system: You are a helpful assistant.
user:
Analyze the provided spectrum to determine if it is a **M-type Giant (gM)**.

A M-type Giant spectrum is defined by its **strong molecular absorption** features, particularly from **Titanium Oxide (TiO)**. You must check for one of the following mutually exclusive signatures:

- **Key Visual Indicators (Absorption-Dominated Spectrum):**

    - **(Primary):** The spectrum is dominated by strong molecular absorption from **Titanium Oxide (TiO)**. This is the **defining feature** of its M-type temperature class.
        - **(Key Bandheads):** Look for sharp, "saw-tooth" absorption valleys. The strongest are located near **~7050 Å**, **~6160 Å**, and **~5170 Å**.
        - **(Line Profile):** The "saw-tooth" morphology is critical: a **sharp, steep drop on the BLUE (short-wavelength) side** of the bandhead, followed by a gradual recovery (rising flux) towards the RED (long-wavelength) side.

    - **(Key Confirmation - Giant vs. Dwarf):** **ABSENCE** of strong **Calcium Hydride (CaH)** molecular bands. This is the primary diagnostic for *excluding* M-dwarfs.
        - **(Key Region):** The spectrum should lack the strong, broad absorption band seen in dwarfs between **~6800 Å and ~7000 Å**.

    - **(Secondary Confirmation - Giant):** A very strong and broad **Neutral Calcium (Ca I)** atomic absorption line.
        - **(Key Line):** Located at **~4226 Å**. In a giant (gM), this line is significantly deeper and broader than the same line in an M-dwarf (dM) due to low surface gravity.

    - **(Overall Spectrum):**
        - The continuum is **extremely red-sloping** (i.e., flux is very low in the blue and rises dramatically towards the red).
        - The entire spectrum appears "chopped up" by the deep TiO bands.

Think first, call **spectral_visualization_tool** if needed to examine features in detail, then provide your final answer. Your response must adhere to the following strict rules:
1.  **Overall Structure:** Your response must follow the format `<think>...</think> <tool_call>...</tool_call> (if a tool is used) <answer>...</answer>`.
2.  **Tool Usage Constraint:** You may only make **one** tool call per turn.
3.  **Final Answer Format:** In the `<answer>` tag, your conclusion must be inside a `\boxed{}` command (e.g., `\boxed{YES}` or `\boxed{NO}`), followed by your justification.

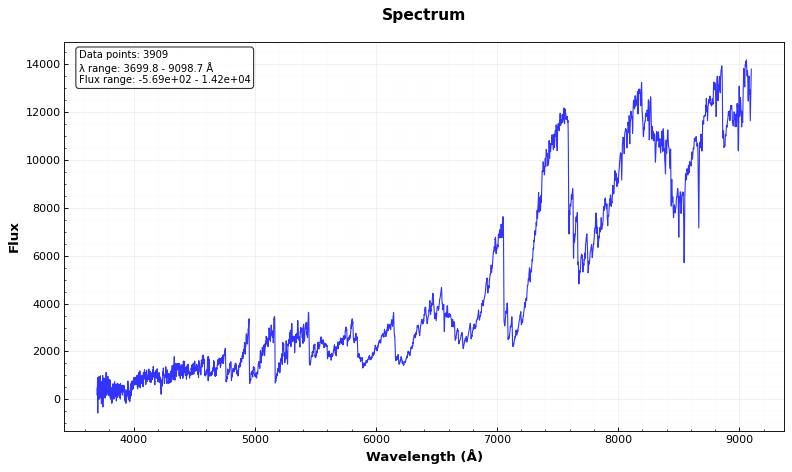
Answer: YES